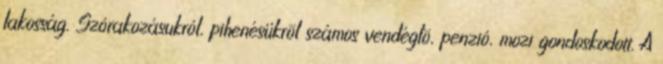
lakosság. Szórakozásukról, pihenésükrõl számos vendéglõ, penzió, mozi gondoskodott. A